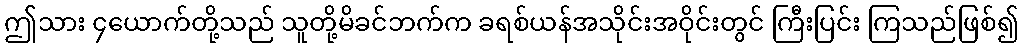
ဤသား ၄ယောက်တို့သည် သူတို့မိခင်ဘက်က ခရစ်ယန်အသိုင်းအဝိုင်းတွင် ကြီးပြင်း ကြသည်ဖြစ်၍